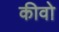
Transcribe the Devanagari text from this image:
कीवो